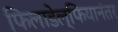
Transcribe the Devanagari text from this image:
फिलाडेल्फियानंतर